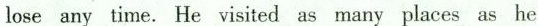
lose any time. He visited as many places as he